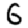
Digit: 6